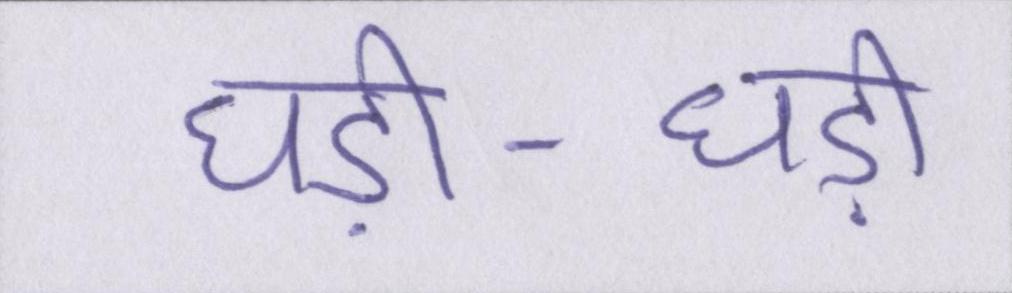
घड़ी-घड़ी